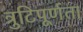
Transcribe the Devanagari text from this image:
त्रुटिपूर्णता